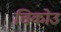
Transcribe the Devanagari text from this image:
चिकोउ